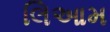
લિઆમ